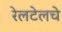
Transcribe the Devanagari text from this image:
रेलटेलचे